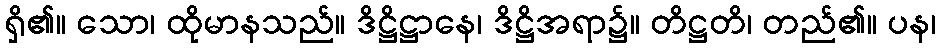
ရှိ၏။ သော၊ ထိုမာနသည်။ ဒိဋ္ဌိဋ္ဌာနေ၊ ဒိဋ္ဌိအရာ၌။ တိဋ္ဌတိ၊ တည်၏။ ပန၊